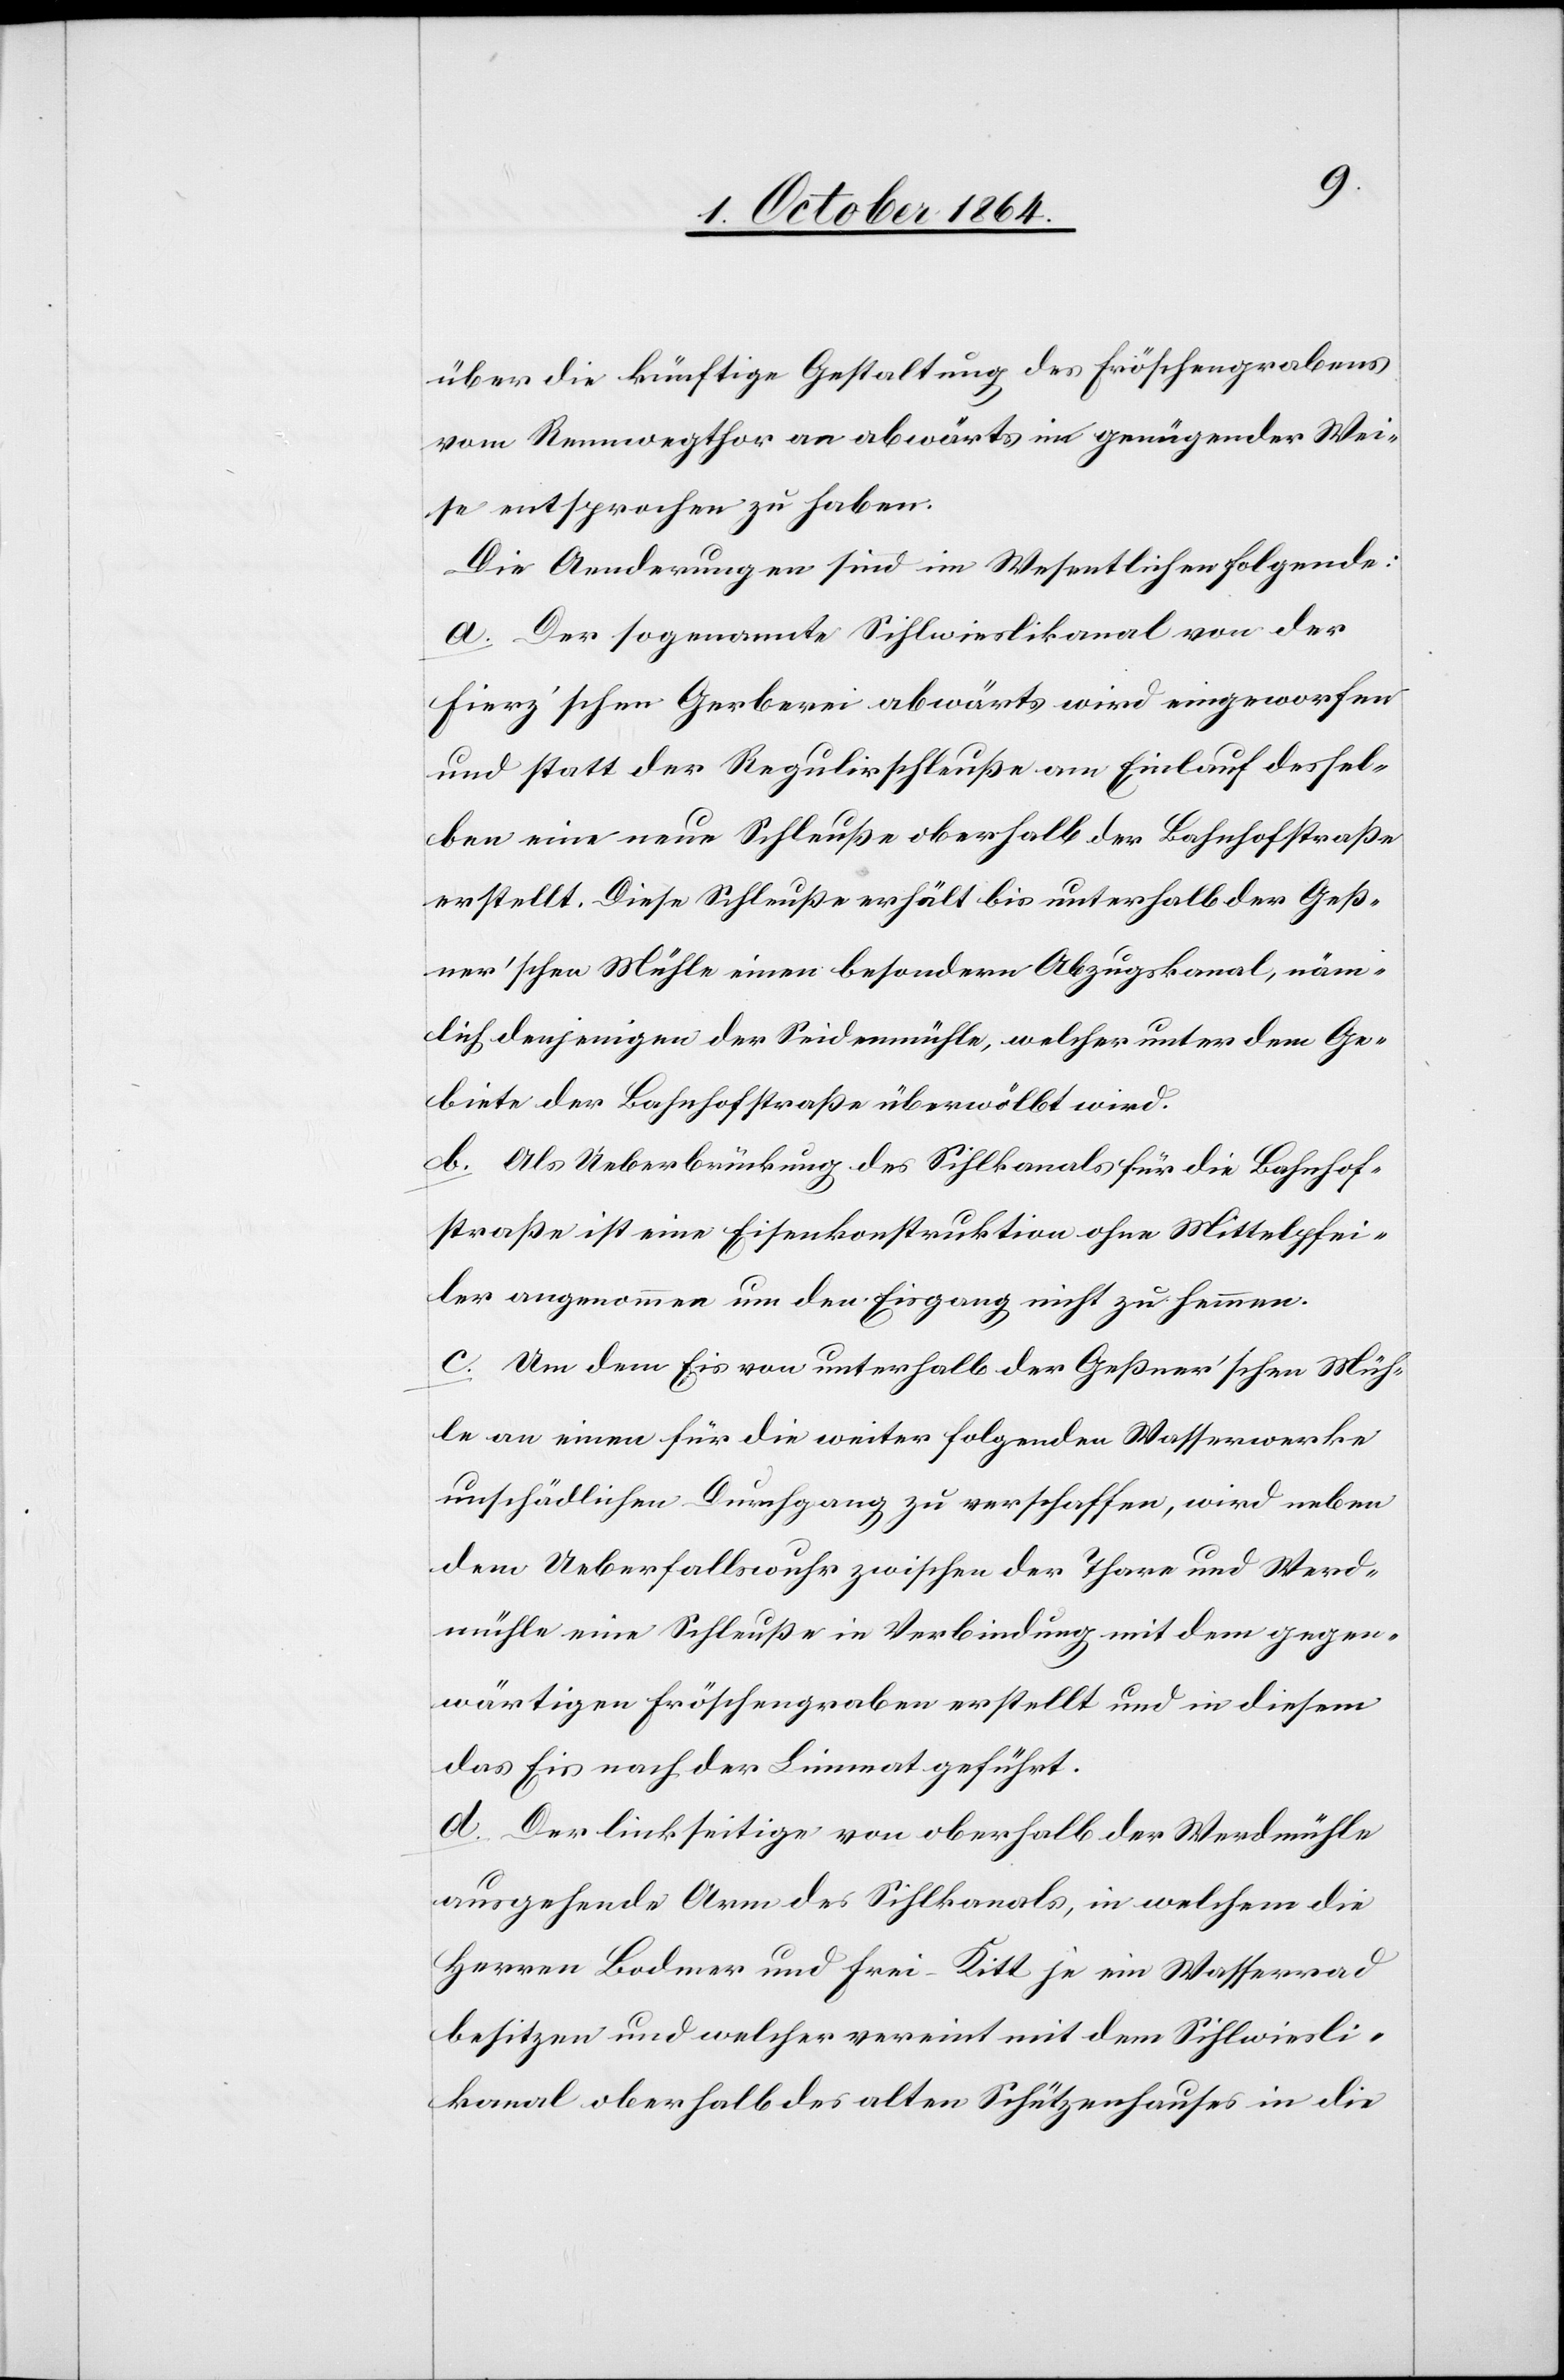
über die künftige Gestaltung des Fröschengrabens
vom Rennwegthor an abwärts in genügender Wei¬
se entsprochen zu haben.
Die Aenderungen sind im Wesentlichen folgende:
a. Der sogenannte Siehlwieslikanal von der
Fierz’schen Gerberei abwärts wird eingeworfen
und statt der Regulirschleuße am Einlauf dessel¬
ben eine neue Schleuße oberhalb der Bahnhofstraße
erstellt. Diese Schleuße erhält bis unterhalb der Geß¬
ner’schen Mühle einen besondern Abzugskanal, näm¬
lich denjenigen der Seidmühle, welcher unter dem Ge¬
biete der Bahnhofstraße überwölbt wird.
b. Als Ueberbrückung des Sihlkanals für die Bahnhof¬
straße ist eine Eisenkonstruktion ohne Mittelpfei¬
ler angenommen um den Eingang nicht zu hemmen.
c. Um dem Eis von unterhalb der Geßner’schen Müh¬
le an einen für die weiter folgenden Wasserwerke
unschädlichen Durchgang zu verschaffen, wird neben
dem Ueberfallsrohr zwischen der Thare und Werd¬
mühle eine Schleuße in Verbindung mit dem gegen¬
wärtigen Fröschengraben erstellt und in diesem
das Eis nach der Limmat geführt.
d. Der linkseitige von oberhalb der Werdmühle
ausgehende Arm des Sihlkanals, in welchem die
Herren Bodmer und Frei-Kitt je ein Wasserrad
besitzen und welcher vereint mit dem Sihlwiesli¬
kanal oberhalb des alten Schützenhauses in die